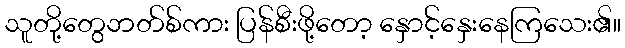
သူတို့တွေဘတ်စ်ကား ပြန်စီးဖို့တော့ နှောင့်နှေးနေကြသေး၏။